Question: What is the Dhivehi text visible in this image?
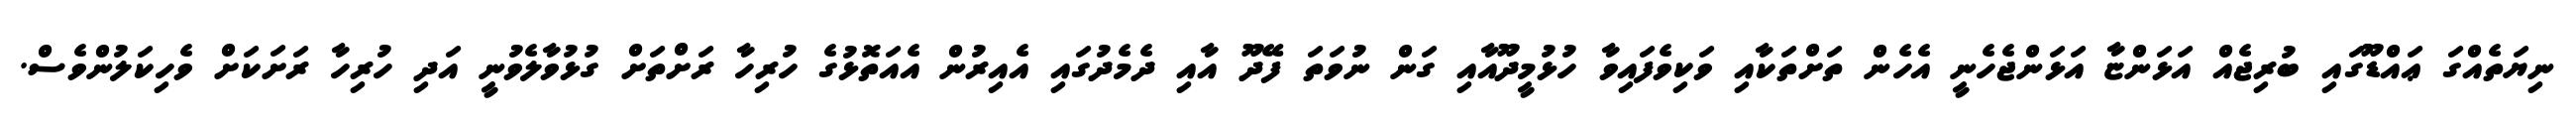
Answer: ނިޔަތެއްގަ ޢައްޑޫގައި ބުރިޖެއް އަޅަންޏާ އަޅަންޖެހެނީ އެހެން ތަށްތަކާއި ވަކިވެފައިވާ ހުޅުމީދޫއާއި ގަން ނުވަތަ ފޭދޫ އާއި ދެމެދުގައި އެއިރުން އެއަތޮޅުގެ ހުރިހާ ރަށްތަށް ގުޅުވާލެވުނީ އަދި ހުރިހާ ރަށަކަށް ވެހިކަލުންވެސް.